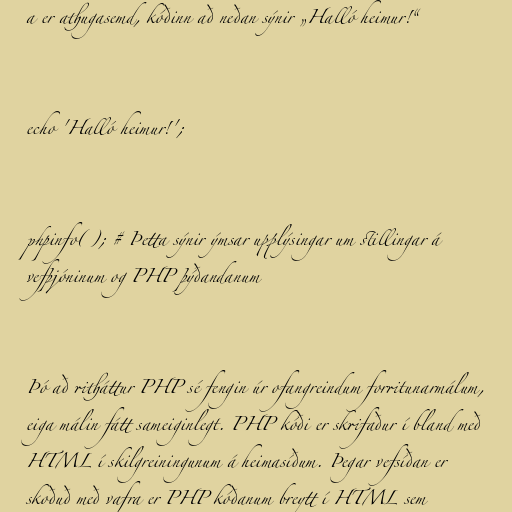
a er athugasemd, kóðinn að neðan sýnir „Halló heimur!“

echo 'Halló heimur!';

phpinfo(); # Þetta sýnir ýmsar upplýsingar um stillingar á
vefþjóninum og PHP þýðandanum

Þó að ritháttur PHP sé fengin úr ofangreindum forritunarmálum,
eiga málin fátt sameiginlegt. PHP kóði er skrifaður í bland með
HTML í skilgreiningunum á heimasíðum. Þegar vefsíðan er
skoðuð með vafra er PHP kóðanum breytt í HTML sem